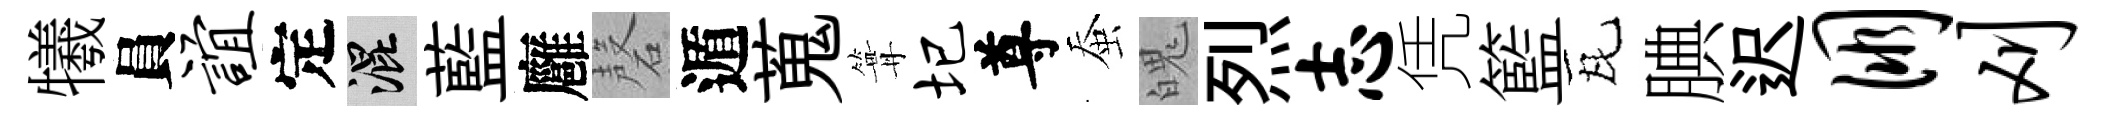
犧員谊定混藍廱磬遁蒐篝圮尊蚕魄烈志凭籃瓦腆迟朋刈